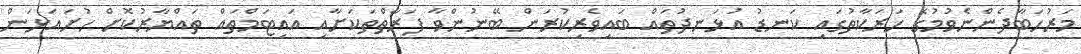
މަރުހަބާދެންނެވުމުގެ ހަރަކާތުގައި ކަނޑު އުޅަނދުތައް ބައިވެރިކުރަން ބޭނުންވާ ފަރާތްތަކަށާއި އައިޓަމްތައް ތައްޔާރުކޮށް ހުށައަޅަން